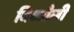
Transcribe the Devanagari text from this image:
बिच्चौली